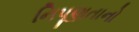
નિપૂણતાનો